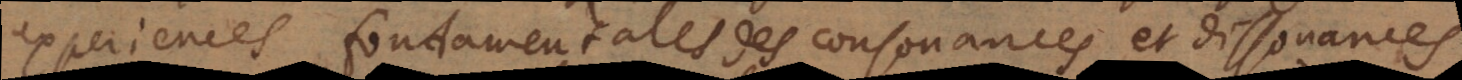
experiences fondamentales des consonances et dissonances,